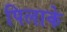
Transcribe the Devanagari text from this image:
पिलाके